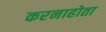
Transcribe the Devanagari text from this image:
करनाहोता